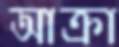
আক্রা